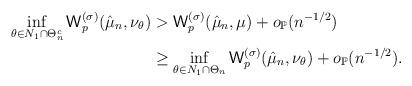
LaTeX: \begin{align*} \inf_{\theta\in N_1\cap \Theta_n^c}{\sf W}_p^{(\sigma)}(\hat \mu_n,\nu_{\theta})&>{\sf W}_p^{(\sigma)}(\hat \mu_n,\mu)+o_{\mathbb P}(n^{-1/2})\\ &\geq\inf_{\theta\in N_1\cap \Theta_n}{\sf W}_p^{(\sigma)}(\hat \mu_n,\nu_\theta)+o_{\mathbb P}(n^{-1/2}). \end{align*}